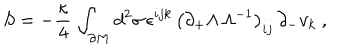
S = - { \frac { \kappa } { 4 } } \, \int _ { \partial M } d ^ { 2 } \sigma \, \epsilon ^ { i j k } \, \left( \partial _ { + } \Lambda \, \Lambda ^ { - 1 } \right) _ { i j } \, \partial _ { - } v _ { k } \ ,